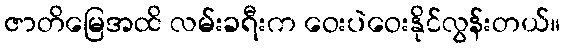
ဇာတိမြေအထိ လမ်းခရီးက ဝေးပဲဝေးနိုင်လွန်းတယ်။